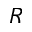
R